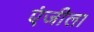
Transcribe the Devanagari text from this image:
एंजीला